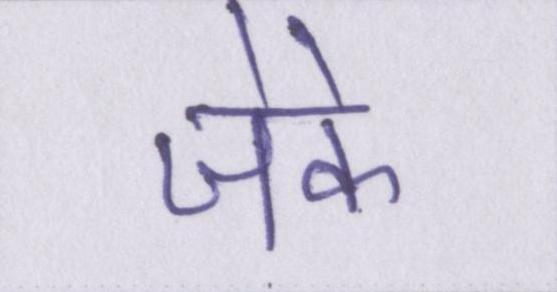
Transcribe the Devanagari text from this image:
जेके